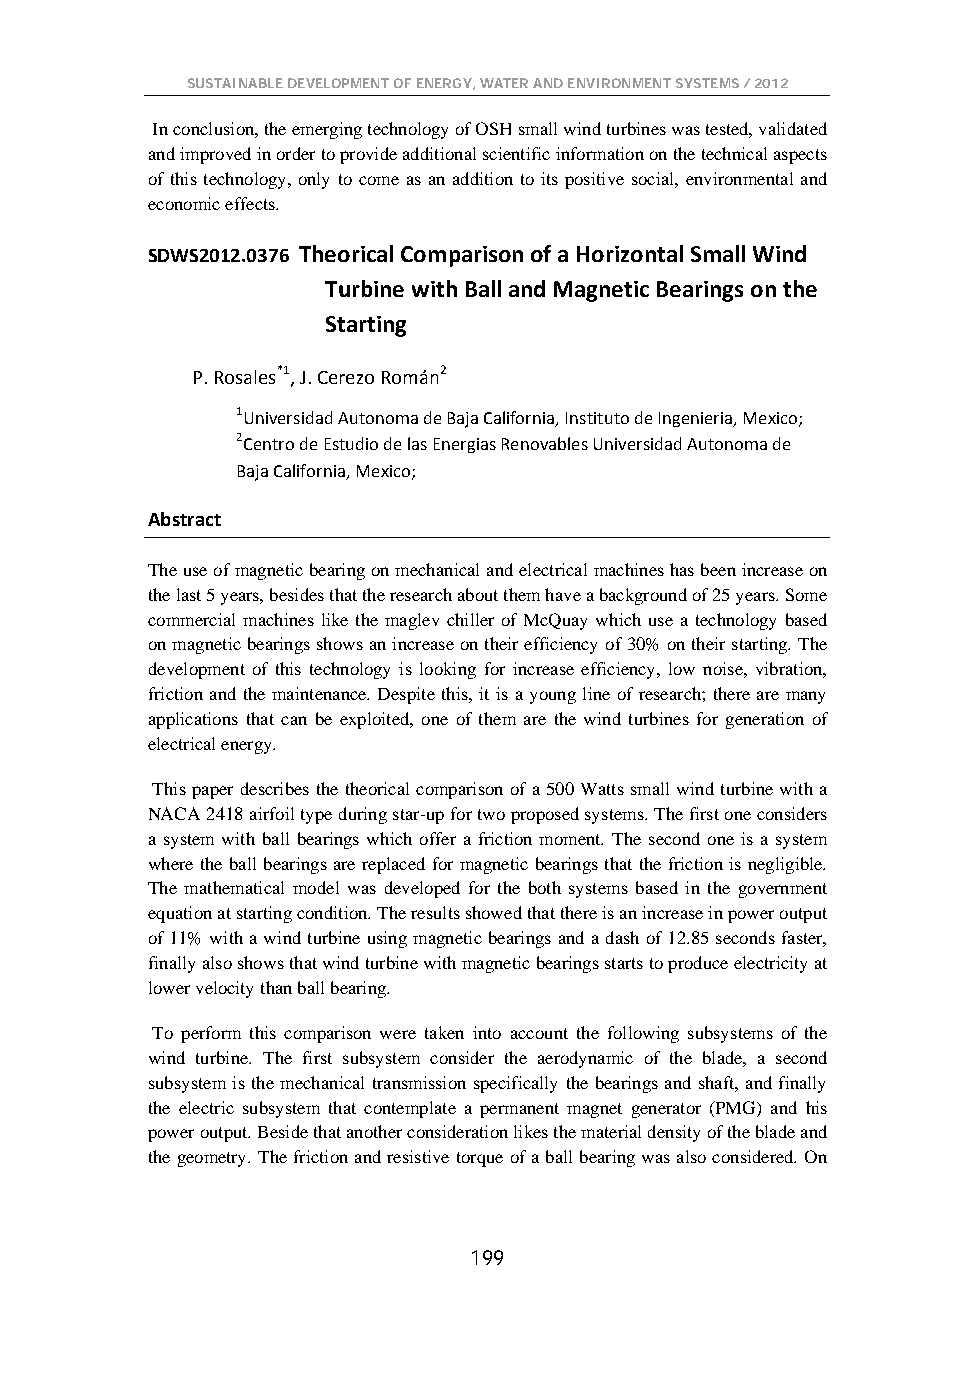
SUSTAINABLE DEVELOPMENT OF ENERGY, WATER AND ENVIRONMENT SYSTEMS / 2012
 In conclusion, the emerging technology of OSH small wind turbines was tested, validated
 and improved in order to provide additional scientific information on the technical aspects
 of this technology, only to come as an addition to its positive social, environmental and
 economic effects.
 SDWS2012.0376 Theorical Comparison of a Horizontal Small Wind
 Turbine with Ball and Magnetic Bearings on the
 Starting
 P. Rosales*1, J. Cerezo Román2
 1Universidad Autonoma de Baja California, Instituto de Ingenieria, Mexico;
 2Centro de Estudio de las Energias Renovables Universidad Autonoma de
 Baja California, Mexico;
 Abstract
 The use of magnetic bearing on mechanical and electrical machines has been increase on
 the last 5 years, besides that the research about them have a background of 25 years. Some
 commercial machines like the maglev chiller of McQuay which use a technology based
 on magnetic bearings shows an increase on their efficiency of 30% on their starting. The
 development of this technology is looking for increase efficiency, low noise, vibration,
 friction and the maintenance. Despite this, it is a young line of research; there are many
 applications that can be exploited, one of them are the wind turbines for generation of
 electrical energy.
 This paper describes the theorical comparison of a 500 Watts small wind turbine with a
 NACA 2418 airfoil type during star-up for two proposed systems. The first one considers
 a system with ball bearings which offer a friction moment. The second one is a system
 where the ball bearings are replaced for magnetic bearings that the friction is negligible.
 The mathematical model was developed for the both systems based in the government
 equation at starting condition. The results showed that there is an increase in power output
 of 11% with a wind turbine using magnetic bearings and a dash of 12.85 seconds faster,
 finally also shows that wind turbine with magnetic bearings starts to produce electricity at
 lower velocity than ball bearing.
 To perform this comparison were taken into account the following subsystems of the
 wind turbine. The first subsystem consider the aerodynamic of the blade, a second
 subsystem is the mechanical transmission specifically the bearings and shaft, and finally
 the electric subsystem that contemplate a permanent magnet generator (PMG) and his
 power output. Beside that another consideration likes the material density of the blade and
 the geometry. The friction and resistive torque of a ball bearing was also considered. On
 199